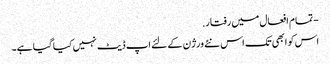
- تمام افعال میں رفتار.
اس کو ابھی تک اس نئے ورژن کے لئے اپ ڈیٹ نہیں کیا گیا ہے۔